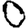
Digit: 0